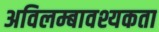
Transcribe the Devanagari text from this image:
अविलम्बावश्यकता